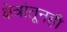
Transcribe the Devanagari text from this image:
क्षेत्रांतूनही